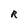
Character: R